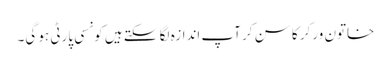
خاتون ورکر کا سن کر آپ اندازہ لگا سکتے ہیں کونسی پارٹی ہو گی۔